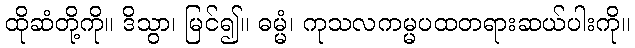
ထိုဆံတို့ကို။ ဒိသွာ၊ မြင်၍။ ဓမ္မံ၊ ကုသလကမ္မပထတရားဆယ်ပါးကို။